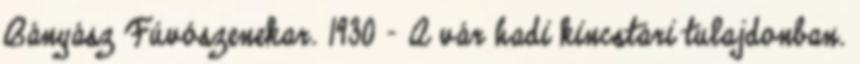
Bányász Fúvószenekar. 1930 – A vár hadi kincstári tulajdonban.